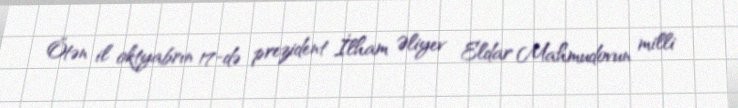
Ötən il oktyabrın 17-də prezident İlham Əliyev Eldar Mahmudovun milli